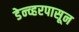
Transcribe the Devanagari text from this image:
डेन्व्हरपासून